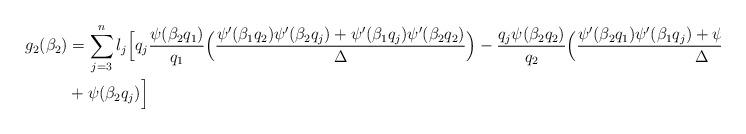
LaTeX: \begin{align*} g_{2}(\beta_2)&=\sum_{j=3}^{n}l_j\Big[q_j \frac{\psi(\beta_2 q_1)}{q_1}\Big(\frac{\psi'(\beta_1 q_2)\psi'(\beta_2 q_j)+\psi'(\beta_1 q_j)\psi'(\beta_2 q_2)}{\Delta}\Big) - \frac{q_j \psi(\beta_2 q_2)}{q_2}\Big(\frac{\psi'(\beta_2 q_1)\psi'(\beta_1 q_j)+\psi'(\beta_1 q_1)\psi'(\beta_2 q_j)}{\Delta}\Big)\\ &+\psi(\beta_2 q_j)\Big] \end{align*}